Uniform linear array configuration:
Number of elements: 48
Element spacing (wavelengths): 0.5
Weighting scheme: binomial
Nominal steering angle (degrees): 15
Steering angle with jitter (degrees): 16.486
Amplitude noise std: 0.05
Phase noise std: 0.05

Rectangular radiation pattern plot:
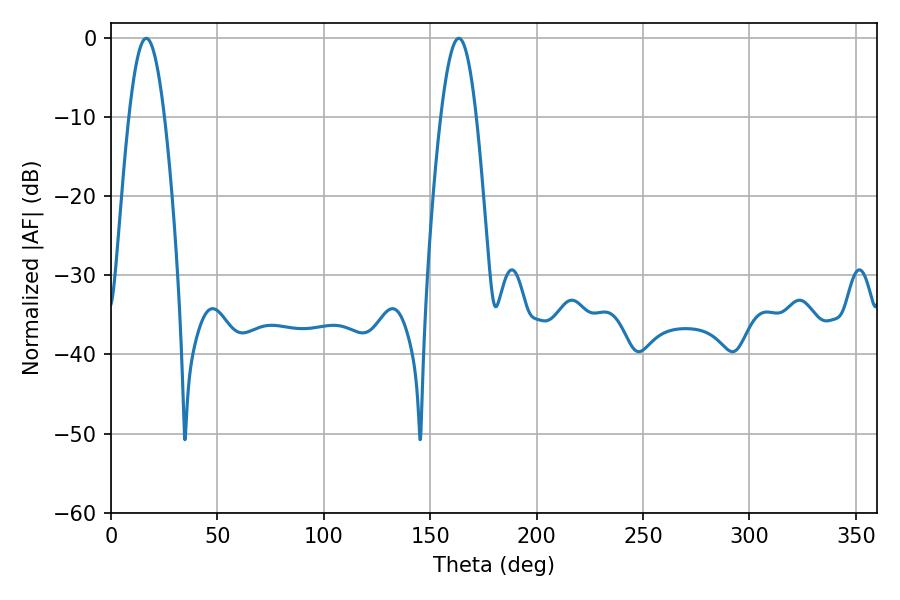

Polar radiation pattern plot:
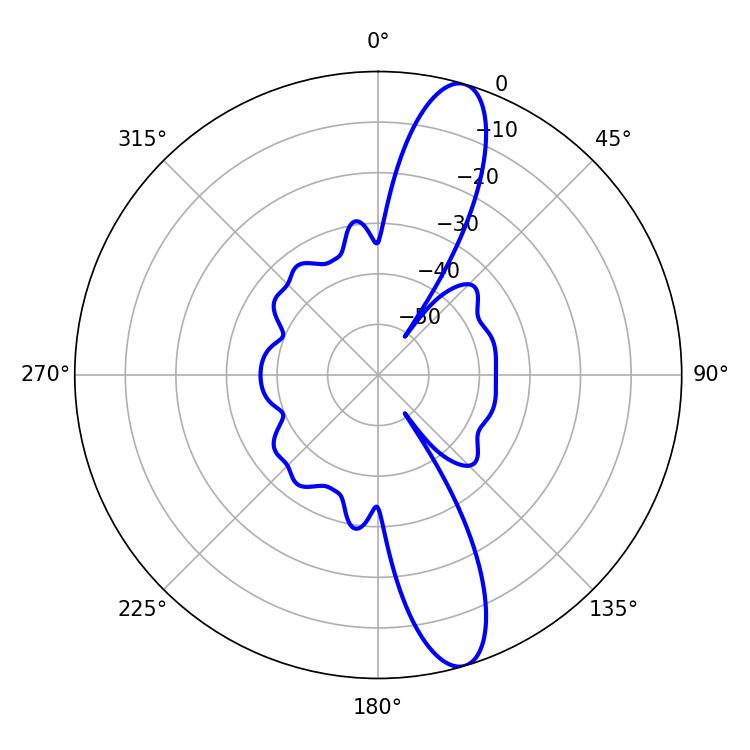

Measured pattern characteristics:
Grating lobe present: FALSE
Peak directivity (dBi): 13.109
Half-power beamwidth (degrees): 9
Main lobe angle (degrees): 16.56